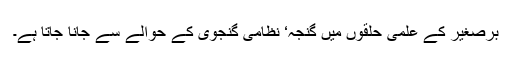
برصغیر کے علمی حلقوں میں گنجہ‘ نظامی گنجوی کے حوالے سے جانا جاتا ہے۔